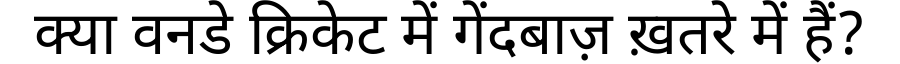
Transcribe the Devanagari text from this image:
क्या वनडे क्रिकेट में गेंदबाज़ ख़तरे में हैं?